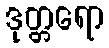
ဒုတ္တရော